Indian journal of veterinary science and animal husbandry - Volume 10,
Year: 1940
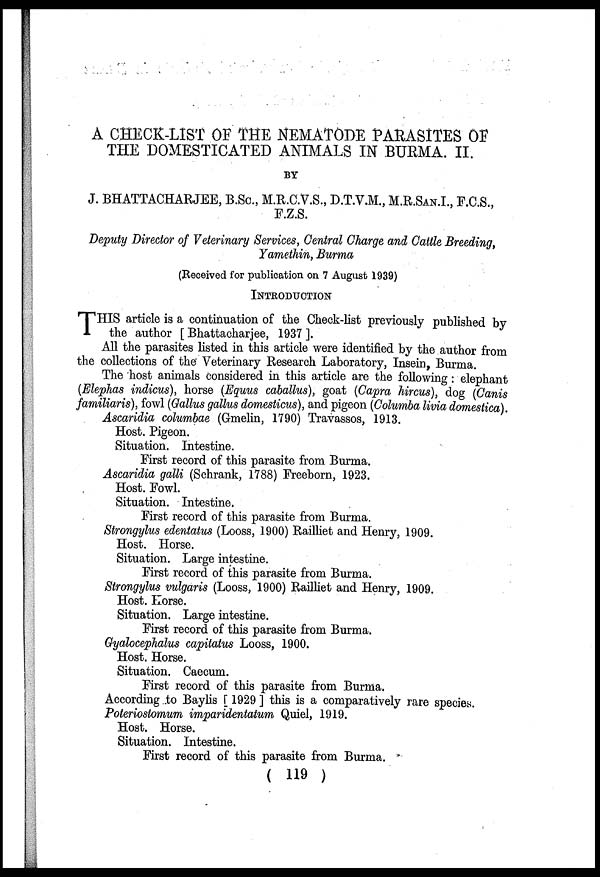
A CHECK-LIST OF THE NEMATODE PARASITES OF
THE DOMESTICATED ANIMALS IN BURMA. II.
BY
J. BHATTACHARJEE, B.Sc., M.R.C.V.S., D.T.V.M., M.R.SAN.I, F.C.S.,
F.Z.S.
Deputy Director of Veterinary Services, Central Charge and Cattle Breeding,
Yamethin, Burma
(Received for publication on 7 August 1939)
INTRODUCTION
T HIS article is a continuation of the Check-list previously published by
the author [ Bhattacharjee, 1937 ].
All the parasites listed in this article were identified by the author from
the collections of the Veterinary Research Laboratory, Insein, Burma.
The host animals considered in this article are the following: elephant
(Elephas indicus), horse (Equus caballus), goat (Capra hircus), dog (Canis
familiaris), fowl (Gallus gallus domesticus), and pigeon (Columba livia domestica).
Ascaridia columbae (Gmelin, 1790) Travassos, 1913.
Host. Pigeon.
Situation. Intestine.
First record of this parasite from Burma.
Ascaridia galli (Schrank, 1788) Freeborn, 1923.
Host. Fowl.
Situation. Intestine.
First record of this parasite from Burma.
Strongylus edentatus (Looss, 1900) Railliet and Henry, 1909.
Host. Horse.
Situation. Large intestine.
First record of this parasite from Burma.
Strongylus vulgaris (Looss, 1900) Railliet and Henry, 1909.
Host. Horse.
Situation. Large intestine.
First record of this parasite from Burma.
Gyalocephalus capitatus Looss, 1900.
Host. Horse.
Situation. Caecum.
First record of this parasite from Burma.
According to Baylis [ 1929 ] this is a comparatively rare species.
Poteriostomum imparidentatum Quiel, 1919.
Host. Horse.
Situation. Intestine.
First record of this parasite from Burma.
( 119 )